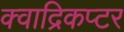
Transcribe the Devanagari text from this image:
क्वाद्रिकप्टर